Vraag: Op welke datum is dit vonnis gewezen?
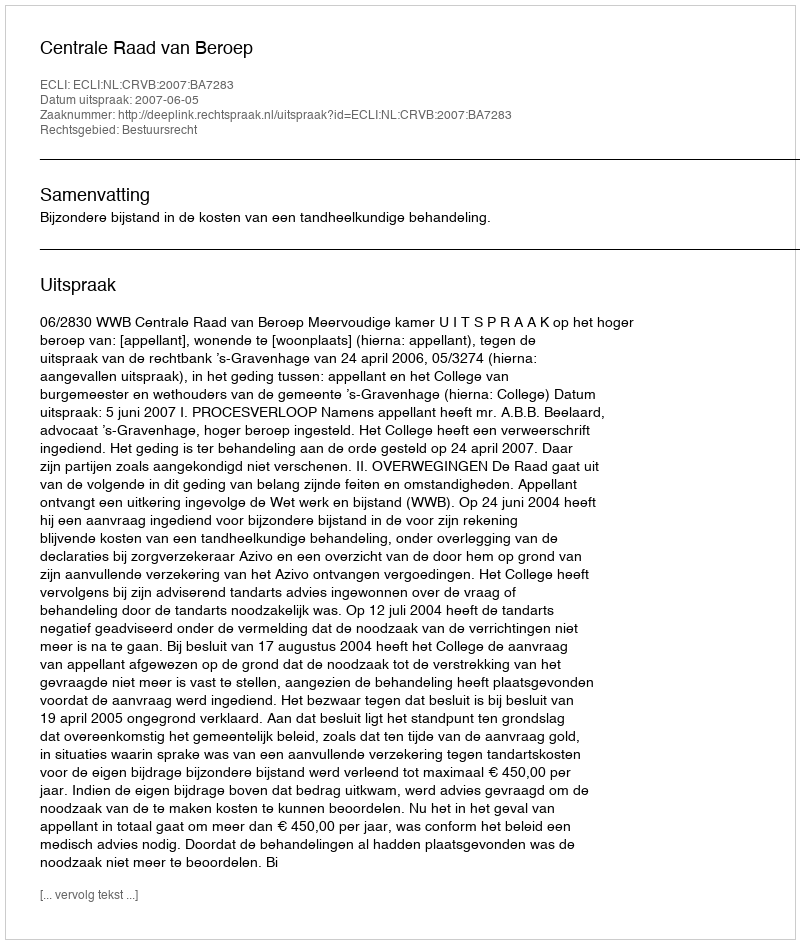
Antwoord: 2007-06-05